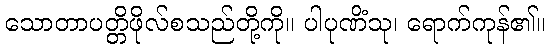
သောတာပတ္တိဖိုလ်စသည်တို့ကို။ ပါပုဏိံသု၊ ရောက်ကုန်၏။